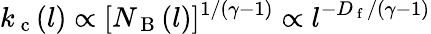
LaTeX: k_{\mathrm{~c~}}(l)\propto[N_{\mathrm{~B~}}(l)]^{1/(\gamma-1)}\propto l^{-D_{\mathrm{~f~}}/(\gamma-1)}